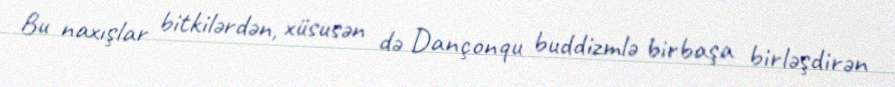
Bu naxışlar bitkilərdən, xüsusən də Dançonqu buddizmlə birbaşa birləşdirən